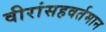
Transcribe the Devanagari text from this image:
वीरांसहवर्तमान